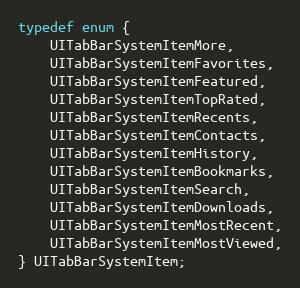
Language: C
typedef enum {
    UITabBarSystemItemMore,
    UITabBarSystemItemFavorites,
    UITabBarSystemItemFeatured,
    UITabBarSystemItemTopRated,
    UITabBarSystemItemRecents,
    UITabBarSystemItemContacts,
    UITabBarSystemItemHistory,
    UITabBarSystemItemBookmarks,
    UITabBarSystemItemSearch,
    UITabBarSystemItemDownloads,
    UITabBarSystemItemMostRecent,
    UITabBarSystemItemMostViewed,
} UITabBarSystemItem;